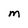
Character: m